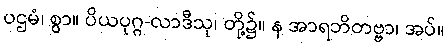
ပဌမံ၊ စွာ။ ပိယပုဂ္ဂ-လာဒီသု၊ တို့၌။ န အာရဘိတဗ္ဗာ၊ အပ်။